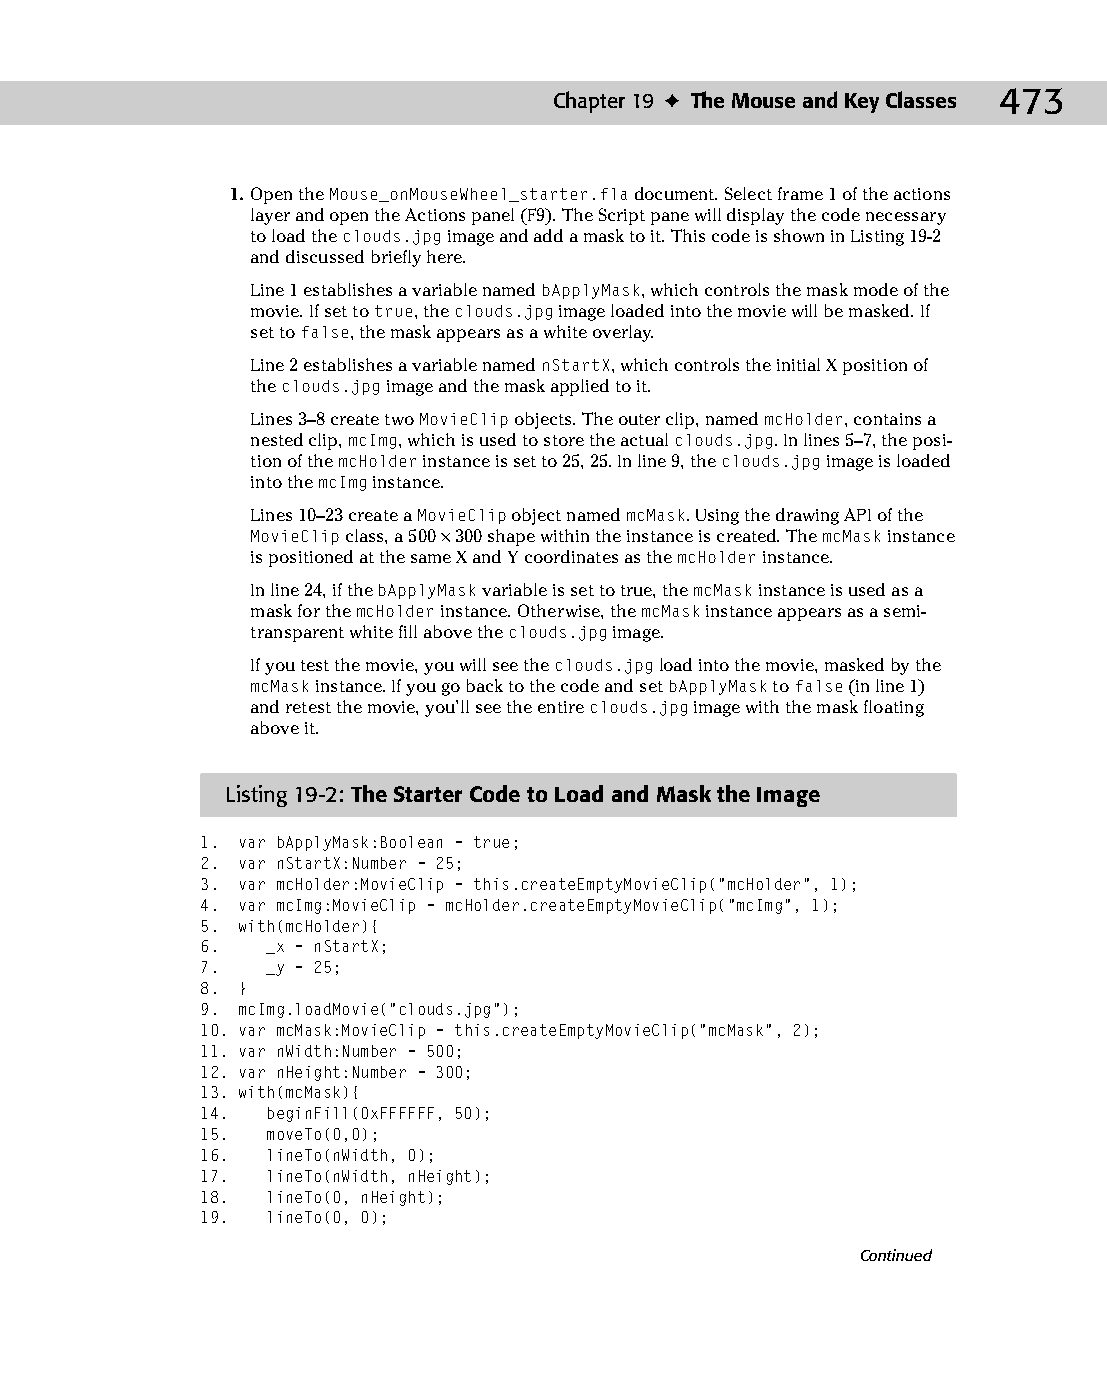
25 543547 ch19.qxd 3/24/04 4:10 PM Page 473
 Chapter 19 ✦ The Mouse and Key Classes 473
 1. Open the Mouse_onMouseWheel_starter.fla document. Select frame 1 of the actions
 layer and open the Actions panel (F9). The Script pane will display the code necessary
 to load the clouds.jpg image and add a mask to it. This code is shown in Listing 19-2
 and discussed briefly here.
 Line 1 establishes a variable named bApplyMask, which controls the mask mode of the
 movie. If set to true, the clouds.jpg image loaded into the movie will be masked. If
 set to false, the mask appears as a white overlay.
 Line 2 establishes a variable named nStartX, which controls the initial X position of
 the clouds.jpg image and the mask applied to it.
 Lines 3–8 create two MovieClip objects. The outer clip, named mcHolder, contains a
 nested clip, mcImg, which is used to store the actual clouds.jpg. In lines 5–7, the posi­
 tion of the mcHolder instance is set to 25, 25. In line 9, the clouds.jpg image is loaded
 into the mcImg instance.
 Lines 10–23 create a MovieClip object named mcMask. Using the drawing API of the
 MovieClip class, a 500 × 300 shape within the instance is created. The mcMask instance
 is positioned at the same X and Y coordinates as the mcHolder instance.
 In line 24, if the bApplyMask variable is set to true, the mcMask instance is used as a
 mask for the mcHolder instance. Otherwise, the mcMask instance appears as a semi­
 transparent white fill above the clouds.jpg image.
 If you test the movie, you will see the clouds.jpg load into the movie, masked by the
 mcMask instance. If you go back to the code and set bApplyMask to false (in line 1)
 and retest the movie, you’ll see the entire clouds.jpg image with the mask floating
 above it.
 Listing 19-2: The Starter Code to Load and Mask the Image
 1. var bApplyMask:Boolean = true;
 2. var nStartX:Number = 25;
 3. var mcHolder:MovieClip = this.createEmptyMovieClip(“mcHolder”, 1);
 4. var mcImg:MovieClip = mcHolder.createEmptyMovieClip(“mcImg”, 1);
 5. with(mcHolder){
 6.   _x = nStartX;
 7.   _y = 25;
 8. }
 9. mcImg.loadMovie(“clouds.jpg”);
 10. var mcMask:MovieClip = this.createEmptyMovieClip(“mcMask”, 2);
 11. var nWidth:Number = 500;
 12. var nHeight:Number = 300;
 13. with(mcMask){
 14.  beginFill(0xFFFFFF, 50);
 15.  moveTo(0,0);
 16.  lineTo(nWidth, 0);
 17.  lineTo(nWidth, nHeight);
 18.  lineTo(0, nHeight);
 19.  lineTo(0, 0);
 Continued